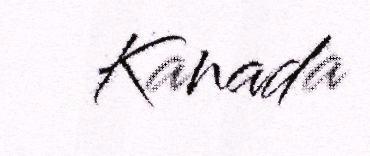
Kanada